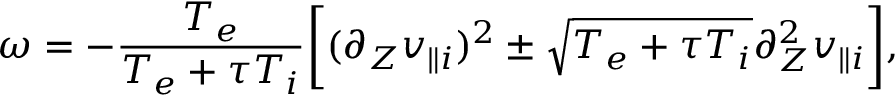
\omega = - \frac { T _ { e } } { T _ { e } + \tau T _ { i } } \bigg [ ( \partial _ { Z } v _ { \parallel i } ) ^ { 2 } \pm \sqrt { T _ { e } + \tau T _ { i } } \partial _ { Z } ^ { 2 } v _ { \parallel i } \bigg ] ,